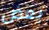
بعض